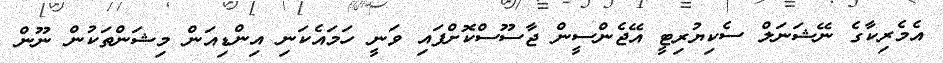
އެމެރިކާގެ ނޭޝަނަލް ސެކިޔުރިޓީ އޭޖެންސީން ޖާސޫސްކޮށްފައި ވަނީ ހަމައެކަނި އިންޑިއަން މިޝަންތަކުން ނޫން